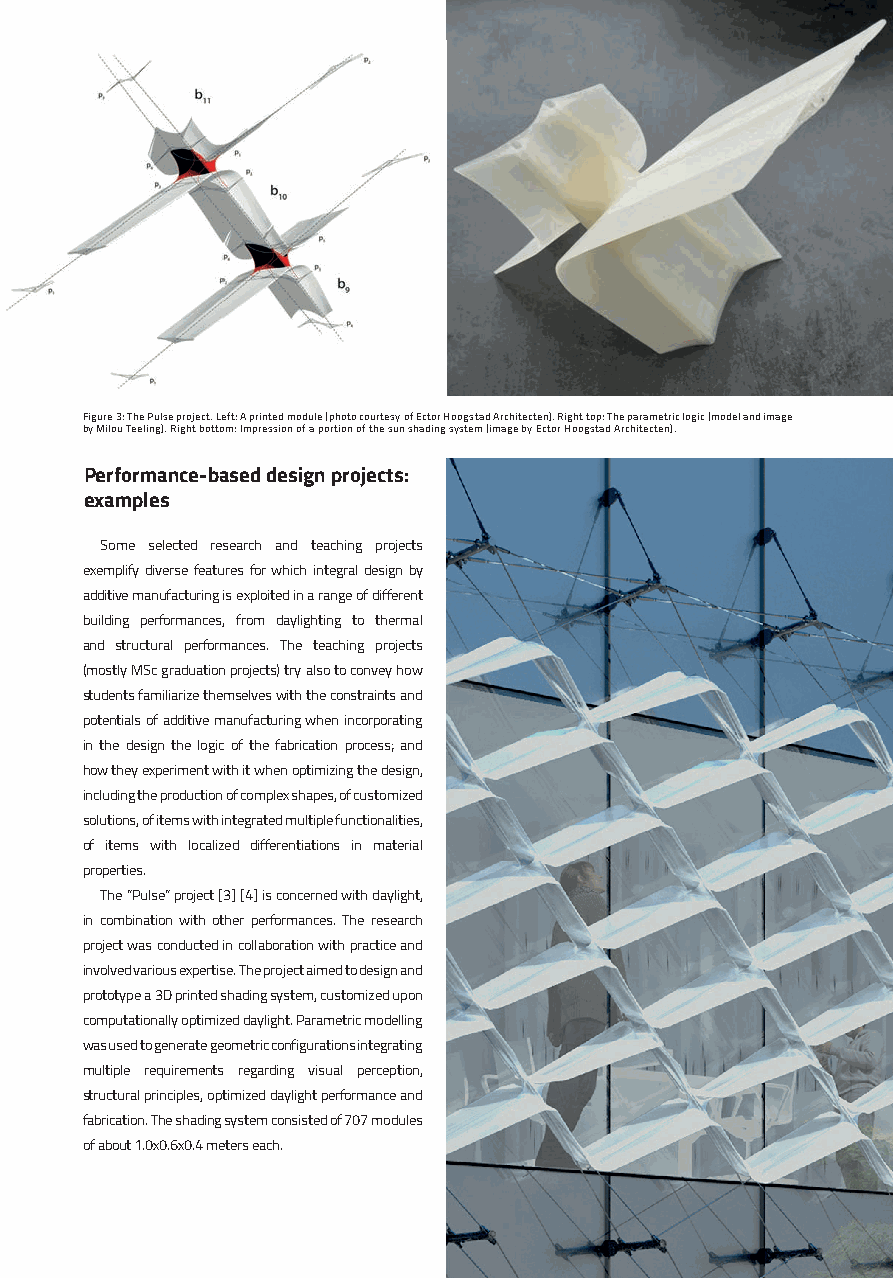
Figure 3: The Pulse project. Left: A printed module (photo courtesy of Ector Hoogstad Architecten). Right top: The parametric logic (model and image
 by Milou Teeling). Right bottom: Impression of a portion of the sun shading system (image by Ector Hoogstad Architecten).
 Performance-based design projects:
 examples
 Some selected research and teaching projects
 exemplify diverse features for which integral design by
 additive manufacturing is exploited in a range of different
 building performances, from daylighting to thermal
 and structural performances. The teaching projects
 (mostly MSc graduation projects) try also to convey how
 students familiarize themselves with the constraints and
 potentials of additive manufacturing when incorporating
 in the design the logic of the fabrication process; and
 how they experiment with it when optimizing the design,
 including the production of complex shapes, of customized
 solutions, of items with integrated multiple functionalities,
 of items with localized differentiations in material
 properties.
 The “Pulse” project [3] [4] is concerned with daylight,
 in combination with other performances. The research
 project was conducted in collaboration with practice and
 involved various expertise. The project aimed to design and
 prototype a 3D printed shading system, customized upon
 computationally optimized daylight. Parametric modelling
 was used to generate geometric configurations integrating
 multiple requirements regarding visual perception,
 structural principles, optimized daylight performance and
 fabrication. The shading system consisted of 707 modules
 of about 1.0x0.6x0.4 meters each.